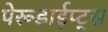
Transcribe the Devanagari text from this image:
पेरूडाईप्ट्स